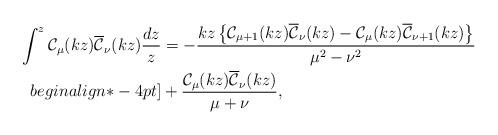
LaTeX: \begin{align*} \int^z \mathcal{C}_{\mu}(kz)\overline{\mathcal{C}}_{\nu}(kz)\frac{dz}{z}&=-\frac{kz\left\{\mathcal{C}_{\mu+1}(kz)\overline{\mathcal{C}}_{\nu}(kz)-\mathcal{C}_{\mu}(kz)\overline{\mathcal{C}}_{\nu+1}(kz)\right\}}{\mu^2-\nu^2} \\begin{align*}-4pt]&\mbox{}+\frac{\mathcal{C}_{\mu}(kz)\overline{\mathcal{C}}_{\nu}(kz)}{\mu+\nu},\end{align*}